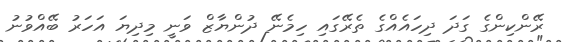
ރޭންކިންގެ ގަދަ ދިހައެއްގެ ތެރޭގައި ހިމެނޭ ދުންޔާޒް ވަނީ މިދިޔަ އަހަރު ބޭއްވުނު